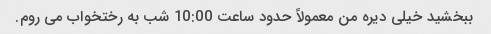
ببخشید خیلی دیره من معمولاً حدود ساعت 10:00 شب به رختخواب می روم.